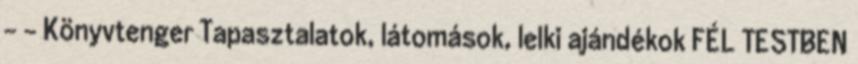
- - Könyvtenger Tapasztalatok, látomások, lelki ajándékok FÉL TESTBEN